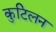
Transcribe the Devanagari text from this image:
कुटिलन